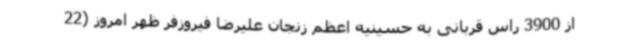
از 3900 راس قربانی به حسینیه اعظم زنجان علیرضا فیروزفر ظهر امروز (22